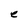
Character: e